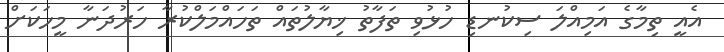
އެއީ ތިމާގެ އަމިއްލަ ސިކުނޑި ހުޅުވި ތަފާތު ޚިޔާލުތައް ތަހައްމަލްކުރާ ހަރުދަނާ މީހަކަށް